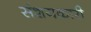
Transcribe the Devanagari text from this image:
संशयकारी